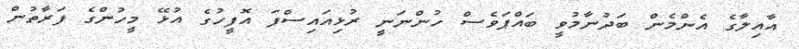
އާއިލާގެ އެންމެން ބަދުނާމުވީ ބައްޕަވެސް ހުންނަނީ ރުޅިއައިސްފަ އޮފީހުގެ އުޅޭ މީހުންގެ ފަރާތުން